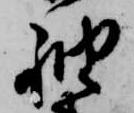
袖